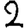
Digit: 2